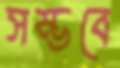
সম্ভবে